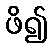
ဖိ၍